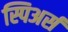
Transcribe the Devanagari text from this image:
स्पिअर्स